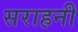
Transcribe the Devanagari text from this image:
सराहनी